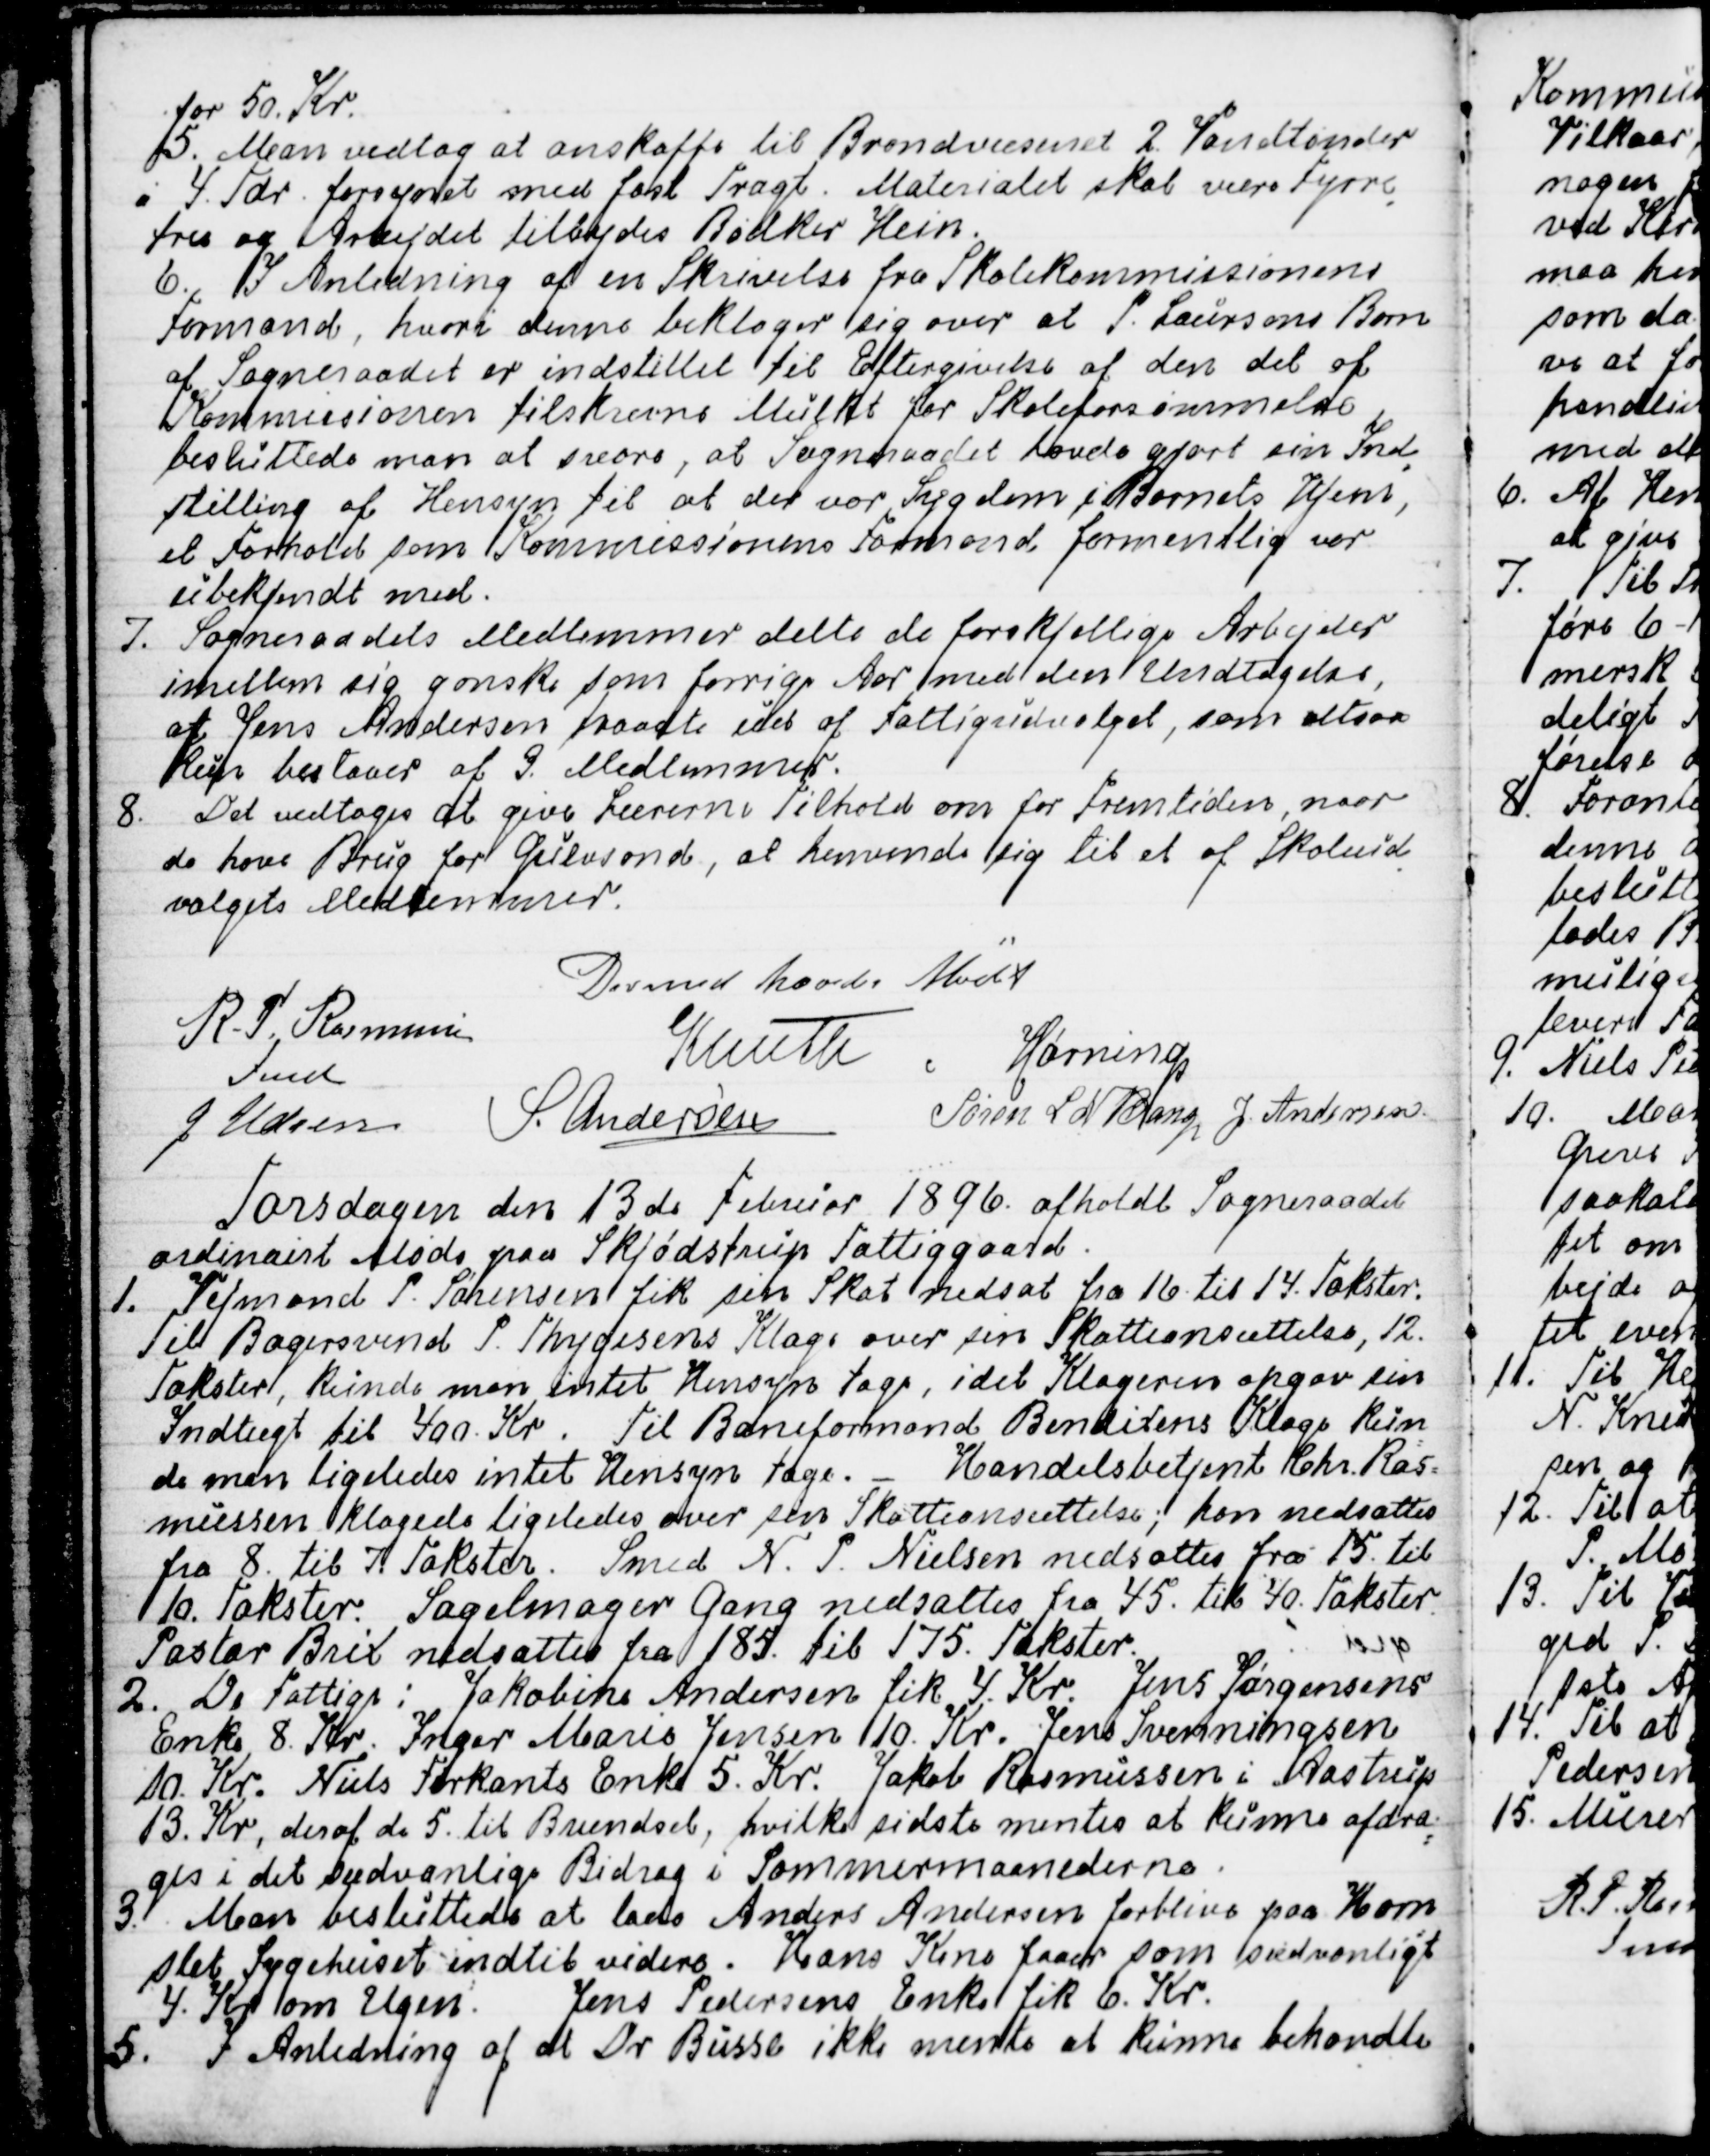
Transskription:
for 50. Kr.
5. Man vedtog at anskaffe til Brandvæsenet 2. Vandtønder
á 4. Tdr. forsynet med fast Tragt. Materialet skal være Fyrre
-
træ og Arbejdet tilbydes Bødker Hein.
6. I Anledning af en Skrivelse fra Skolekommissionens
Formand, hvori denne beklager sig over at P. Laursens Born
af Sogneraadet er indstillet til Eftergivelse af den del af
Kommissionen tilskrevne Mulkt for Skoleforsømmelse
besluttede man at svare, at Sogneraadet havde gjort sin Ind
-
stilling af Hensyn til at der var Sygdom i Barnets Hjem,
et Forhold som Kommissionens Formand formentlig var
ubekjendt med.
7. Sogneraadets Medlemmer delte de forskjellige Arbejder
imellem sig ganske som forrige Aar med den Undtagelse,
at Jens Andersen traadte ud af Fattigudvalget, som altsaa
kun bestaaer af 3. Medlemmer.
8. Det vedtoges at give Lærerne Tilhold om for Fremtiden, naar
de have Brug for Gulvsond, at henvende sig til et af Skoleud
-
valgets Medlemmer.
Dermed hævedes Mødet
R. P. Rasmussen
Fmd
Knuth
Hørning
J Udsen
S. Andersen
Søren L N Bang
J. Andersen

Torsdagen den 13de Februar 1896. afholdt Sogneraadet
ordinairt Møde paa Skjødstrup Fattiggaard.
1. Vejmand P. Sørensen fik sin Skat nedsat fra 16. til 14. Takster.
Til Bagersvend P. Thygesens Klage over sin Skatteansættelse, 12.
Takster, kunde man intet Hensyn tage, idet Klageren opgav sin
Indtægt til 400. Kr. Til Baneformand Bendixens Klage kun
=
de man ligeledes intet Hensyn tage.
Handelsbetjent Chr. Ras=
mussen klagede ligeledes over sin Skatteansættelse; han nedsattes
fra 8. til 7. Takster. Smed N. P. Nielsen nedsattes fra 15. til
10. Takster. Sagelmager Gang nedsattes fra 45. til 40. Takster.
Pastor Brix nedsattes fra 185. til 175. Takster.
2. De Fattige: Jakobine Andersen fik 4. Kr. Jens Jørgensens
Enke 8. Kr. Inger Marie Jensen 10. Kr. Jens Svenningsen
10. Kr. Niels Firkants Enke 5. Kr. Jakob Rasmussen i Aastrup
13. Kr, deraf de 5. til Brændsel, hvilke sidste mentes at kunne afdra
-
ges i det sædvanlige Bidrag i Sommermaanederne.
3. Man besluttede at lade Anders Andersen forblive paa Horn
-
slet Sygehuset indtil videre. Hans Kone faaer som sædvanligt
4. Kr om Ugen. Jens Pedersens Enke fik 6. Kr.
5. I Anledning af at Dr Busse ikke mente at kunne behandle